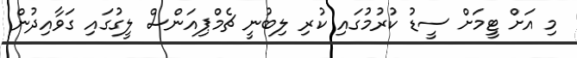
މި އަށް ޓީމަށް ސީޑު ކުރުމުގައި ކުރި ލިބުނީ ޗެމްޕިއަންސް ލީގުގައި ގަވާއިދުން